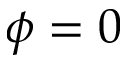
\phi = 0